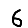
Digit: 6